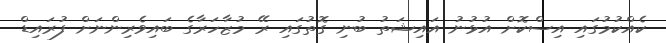
ކެއްކުމުގައި އިސްކޮށް އުޅުނު އައިޝަތު ބުނި ގޮތުގައި ރޭ މުޒާހަރާގެ ބައިވެރިންނަށް ފުރައިޑް